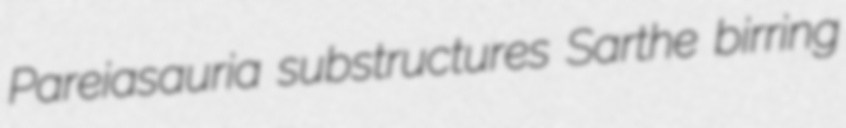
Pareiasauria substructures Sarthe birring